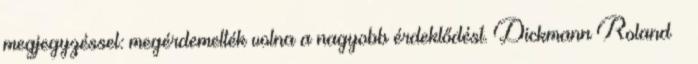
megjegyzéssel: megérdemelték volna a nagyobb érdeklődést. Dickmann Roland –